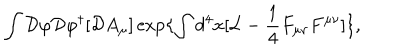
\int { \cal D } \varphi { \cal D } \varphi ^ { \dagger } [ { \cal D } A _ { \mu } ] \exp \{ \int d ^ { 4 } x [ { \cal L } - \frac { 1 } { 4 } F _ { \mu \nu } F ^ { \mu \nu } ] \} ,